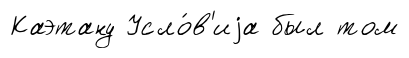
Каэтану Усло́в'иjа был том